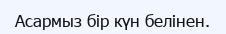
Асармыз бір күн белінен.